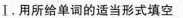
I.用所给单调的适当形式填空